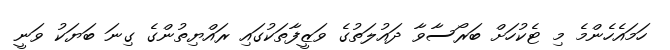
ހަމައެހެންމެ މި ޓެކުހަށް ބަރޯސާވާ ދައުލަތުގެ ވަޒީފާތަކުގައި ރައްޔިތުންގެ ގިނަ ބަޔަކު ވަނީ